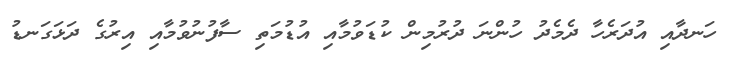
ހަނދާއި އުދަރެހާ ދެމެދު ހުންނަ ދުރުމިން ކުޑަވުމާއި އުޑުމަތި ސާފުނުވުމާއި އިރުގެ ދަޅަގަނޑު